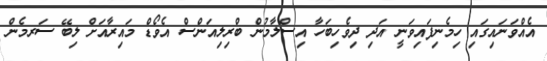
އެއްވަނައިގައި ހިމެނިފައިވަނީ އަދި ދިވެހިބަހާ އިސްލާމުން ބްރިލިއަންސް އެވޯޑް މައިރާއަށް ލިބޭ ސަރމެން